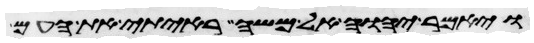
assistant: ויאמר יהוה אל משה ראיתי את העם